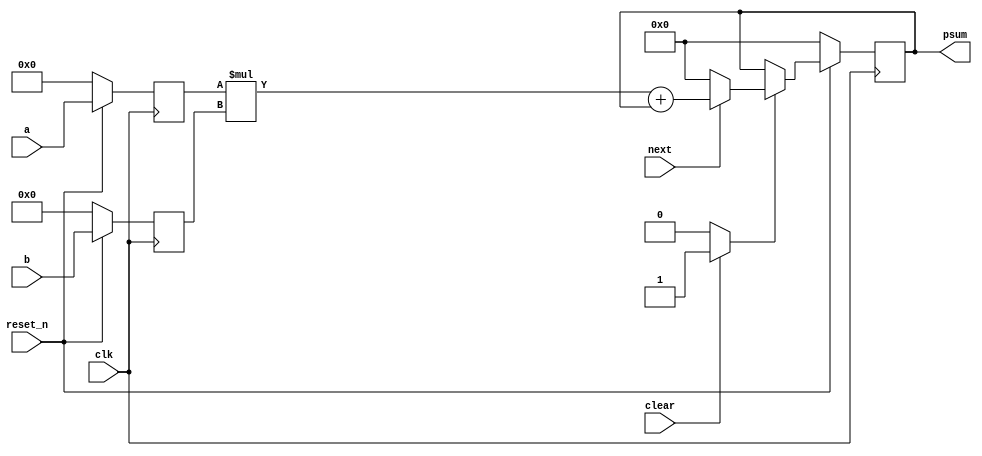
module mulacc2(
               input wire           clk,
               input wire           reset_n,

               input wire           clear,
               input wire           next,

               input wire [25 : 0]  a,
               input wire [28 : 0]  b,
               output wire [58 : 0] psum
              );


  //----------------------------------------------------------------
  // Registers including update variables and write enable.
  //----------------------------------------------------------------
  reg [25 : 0] a_reg;
  reg [28 : 0] b_reg;

  reg [58 : 0] psum_reg;
  reg [58 : 0] psum_new;
  reg          psum_we;


  //----------------------------------------------------------------
  // Concurrent connectivity for ports etc.
  //----------------------------------------------------------------
  assign psum = psum_reg;


  //----------------------------------------------------------------
  // reg_update
  //
  // Update functionality for all registers in the core.
  // All registers are positive edge triggered with synchronous
  // active low reset.
  //----------------------------------------------------------------
  always @ (posedge clk)
    begin : reg_update
      if (!reset_n)
        begin
          a_reg    <= 26'h0;
          b_reg    <= 29'h0;
          psum_reg <= 59'h0;
        end
      else
        begin
          a_reg <= a;
          b_reg <= b;

          if (psum_we)
            psum_reg <= psum_new;
        end
    end // reg_update


  //----------------------------------------------------------------
  // mac_logic
  //----------------------------------------------------------------
  always @*
    begin : mac_logic
      psum_new = 59'h0;
      psum_we  = 0;

      if (clear)
        begin
          psum_new = 59'h0;
          psum_we  = 1;
        end

      if (next)
        begin
          psum_new = (a_reg * b_reg) + psum_reg;
        end
    end

endmodule